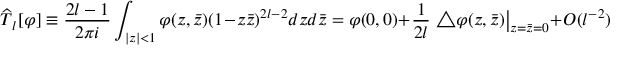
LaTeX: { \widehat T } { } _ { l } [ \varphi ] \equiv \frac { 2 l - 1 } { 2 \pi i } \int _ { | z | < 1 } \varphi ( z , \bar { z } ) ( 1 - z \bar { z } ) ^ { 2 l - 2 } d z d \bar { z } = \varphi ( 0 , 0 ) + \frac { 1 } { 2 l } \left. \bigtriangleup \varphi ( z , \bar { z } ) \right| _ { \scriptstyle z = \bar { z } = 0 } + { \cal O } ( l ^ { - 2 } )